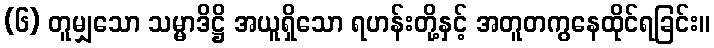
(၆) တူမျှသော သမ္မာဒိဋ္ဌိ အယူရှိသော ရဟန်းတို့နှင့် အတူတကွနေထိုင်ရခြင်း။